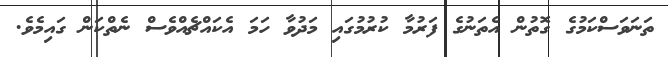
ތަނަވަސްކަމުގެ ގޮތުން އެތަނުގެ ފަރުމާ ކުރުމުގައި މަދުވާ ހަމަ އެކައްޗެއްވެސް ނެތްކަން ގައިމެވެ.